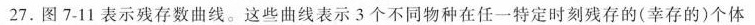
27.图7-11表示残存数曲线。这些曲线表示3个不同物种在任一特定时刻残存的(幸存的)个体